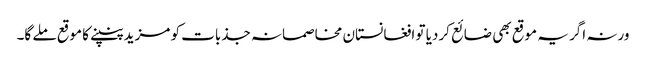
ورنہ اگر یہ موقع بھی ضائع کردیا تو افغانستان مخاصمانہ جذبات کو مزید پنپنے کا موقع ملے گا۔